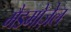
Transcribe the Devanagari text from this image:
मैडमोज़ेल